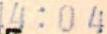
4:04